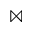
\bowtie